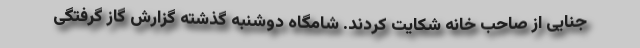
جنایی از صاحب خانه شکایت کردند. شامگاه دوشنبه گذشته گزارش گاز گرفتگی